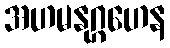
အဟမနုဂ္ဂဟေန